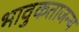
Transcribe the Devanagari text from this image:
भावुकताजन्य